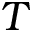
T